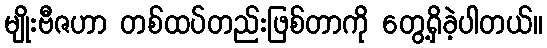
မျိုးဗီဇဟာ တစ်ထပ်တည်းဖြစ်တာကို တွေ့ရှိခဲ့ပါတယ်။